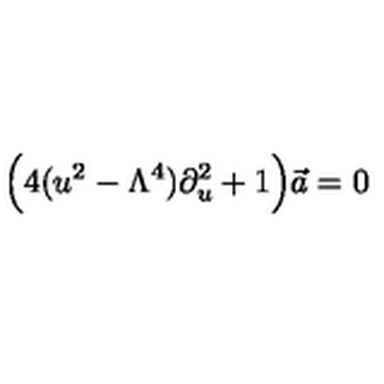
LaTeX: \Big ( 4 ( u ^ { 2 } - \Lambda ^ { 4 } ) \partial _ { u } ^ { 2 } + 1 \Big ) \vec { a } = 0